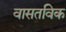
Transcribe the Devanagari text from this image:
वासतविक